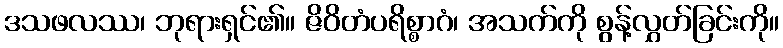
ဒသဖလဿ၊ ဘုရားရှင်၏။ ဇိဝိတံပရိစ္စာဂံ၊ အသက်ကို စွန့်လွှတ်ခြင်းကို။